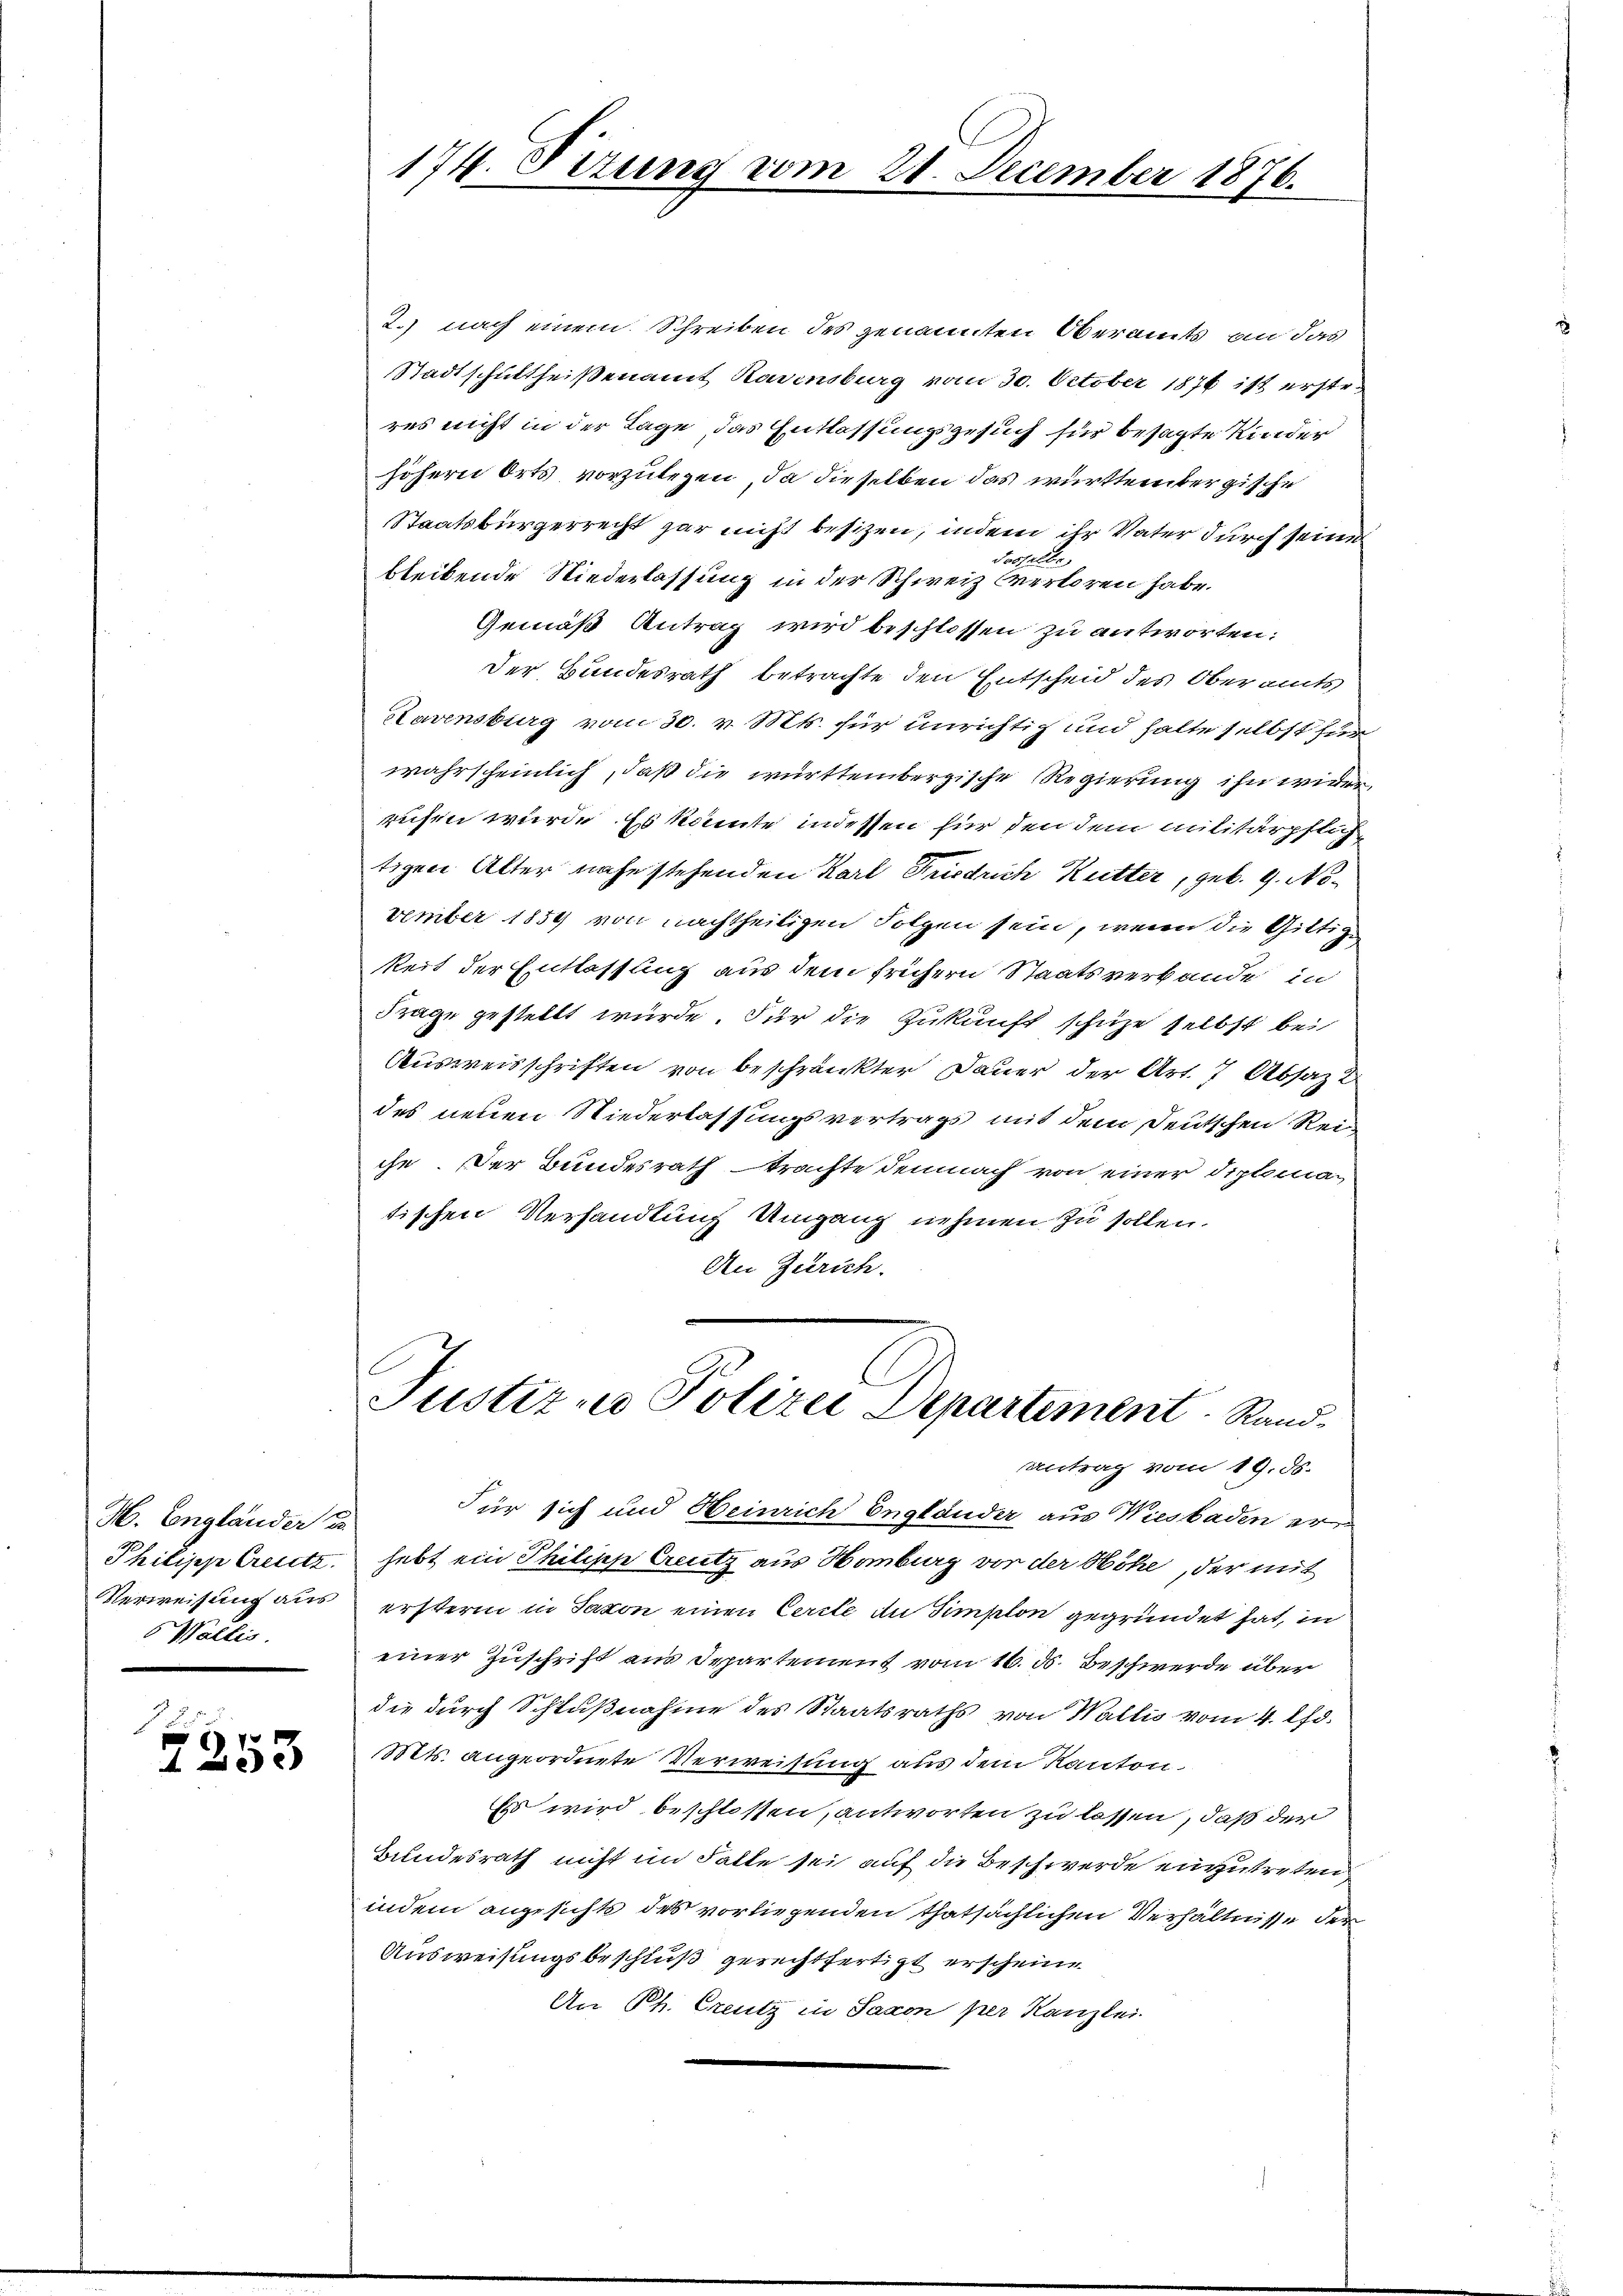
H. Engländer
Philipp Gesetz
Verweisung aus
Wallis.

1855
2253

174. Sizung vom 21. December 1876.

2.) nach einem Schreiben des genannten Oberamts an das
Stadtschultheißenamt Ravensburg vom 30. October 1876 ist ersterres nicht in der Tage das Entlassungsgesuch für besagte Kinder
höhern Orts vorzulegen, da dieselben das württember zische
Staatsbürgerrecht gar nicht besitzen, indem ihr Vater durch seine
l
d
bleibende Niederlassung in der Schweiz verloren habe.
Gemäß Antrag wird beschlossen zu antworten:
Der Bundesrath betrachte den Entscheid des Oberamts
Havensburg vom 30. v. Mts. für unrichtig und halte selbst für
wahrscheinlich, daß die württembergische Regierung ihn wirden
rufen würde. Es kannte indessen für den dem militärpflichtigen Alter nahe stehenden Karl Friedrich Kutter, geb. 9. November 1859 von nachtheiligen Folgen sein, wenn die Giltig
keit der Entlassung aus dem frühern Staatsverbande in
Frage gestellt würde. Für die Zukunft schuze selbst bei
Ausweisschriften von beschränkter Dauer der Art. 7 Absatz 2
des neuen Niederlassungsvertrags mit dem Deutschen Reiche. Der Bundesrath trachte demnach von einer Diplomatischen Verhandlung Umgang nehmen zu sollen.
An Zürich.

Justiz - Polizei Departement Rand¬
Antrag vom 19. ds.

Für sich und Heinrich Engländer aus Wiesbaden erhebt ein Philische Greutz aus Hamburg vor der Höhe, der mit
erstern in Saxon einen Cercle an Simplon gegründet hat, in
einer Zuschrift am Departement vom 16. d. Beschwerde über
die durch Schlußnahme des Staatsraths von Wallis vom 4. l.
Nits. angeordnete Verweisung aus dem Kanton
Es wird beschlossen, antworten zu lassen, daß der
Bundesrath nicht im Falle sei auf die Beschwerde einzutreten
indem angesichte des vorliegenden thatsächlichen Verhältnisse der
Ausweisungsbeschluß gerechtfertigt erscheine
An Ph. Creutz in Saxon per Kanzlei.